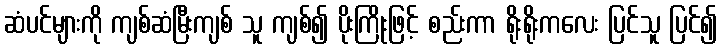
ဆံပင်များကို ကျစ်ဆံမြီးကျစ် သူ ကျစ်၍ ပိုးကြိုးဖြင့် စည်းကာ ရိုးရိုးကလေး ပြင်သူ ပြင်၍